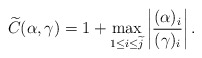
\begin{align*}\widetilde{C}(\alpha,\gamma)=1+\max_{1\leq i\leq \widetilde{j}}\left|\frac{(\alpha)_{i}}{(\gamma)_{i}}\right|.\end{align*}